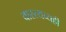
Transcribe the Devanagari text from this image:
वास्त्यव्यही